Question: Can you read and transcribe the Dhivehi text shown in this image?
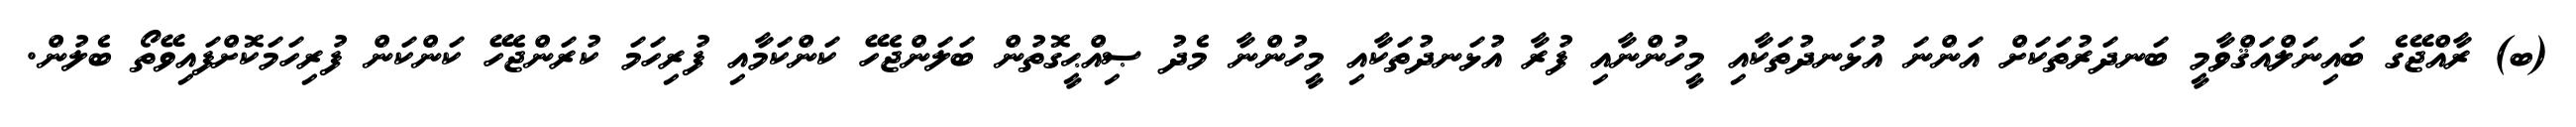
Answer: (ބ) ރާއްޖޭގެ ބައިނަލްއަޤްވާމީ ބަނދަރުތަކަށް އަންނަ އުޅަނދުތަކާއި މީހުންނާއި ފުރާ އުޅަނދުތަކާއި މީހުންނާ މެދު ޞިއްޙީގޮތުން ބަލަންޖެހޭ ކަންކަމާއި ފުރިހަމަ ކުރަންޖެހޭ ކަންކަން ފުރިހަމަކޮށްފައިވޭތޯ ބެލުން.